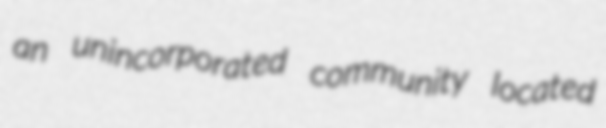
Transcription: an unincorporated community located